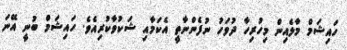
ހައިޝަމް މާލެއިން މިހުރިހާ ދުވަހު ނުފެންނާތީ އެކަމާއި ޝަކުވާކުރިއެވެ. ހައިޝަމް ބުނީ އޭނަ